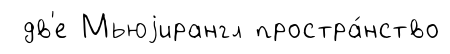
дв'е Мьюjирангл простра́нство